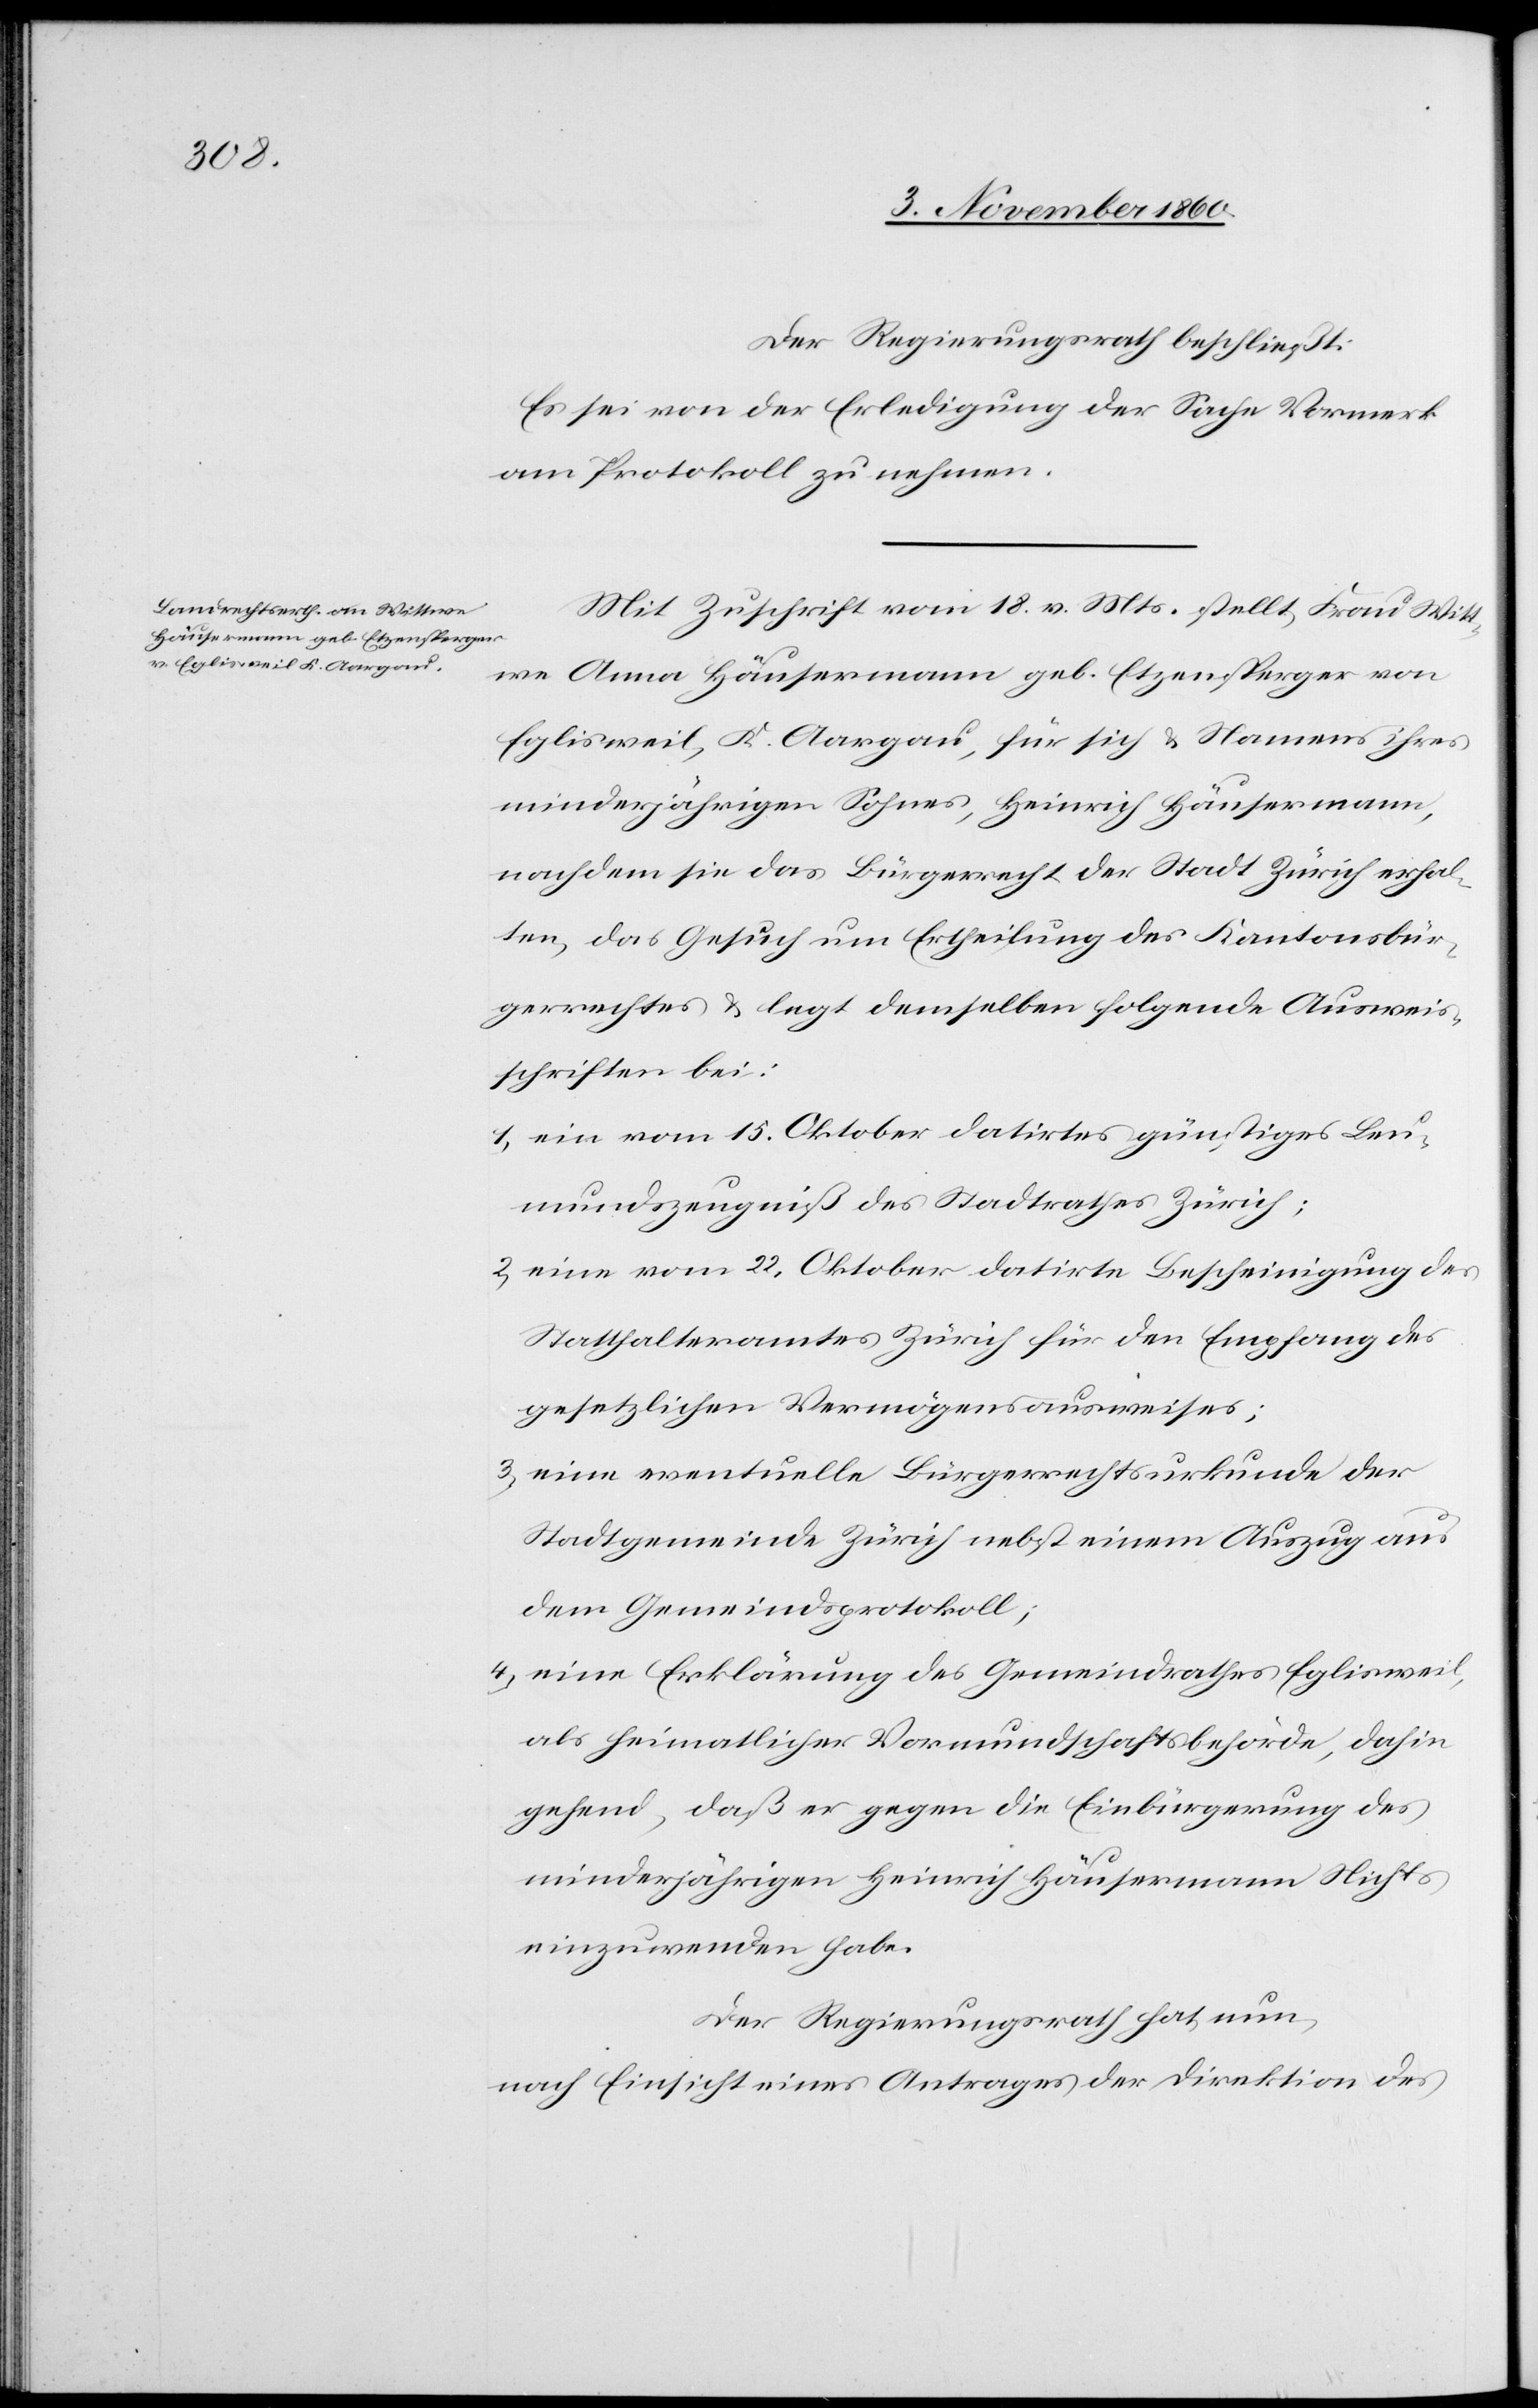
Der Regierungsrath beschließt:
Es sei von der Erledigung der Sache Vormerk
am Protokoll zu nehmen.
Mit Zuschrift vom 18. v. Mts. stellt Frau Witt¬
we Anna Häusermann geb. Etzensperger von
Eglisweil, K. Aargau, für sich u. Namens ihres
minderjährigen Sohnes, Heinrich Häusermann,
nachdem sie das Bürgerrecht der Stadt Zürich erhal¬
ten, das Gesuch um Ertheilung des Kantonsbür¬
gerrechtes u. legt demselben folgende Ausweis¬
schriften bei:
1) ein vom 15. Oktober datirtes günstiges Leu¬
mundszeugniß des Stadtrathes Zürich;
2) eine vom 22. Oktober datirte Bescheinigung des
Statthalteramtes Zürich für den Empfang des
gesetzlichen Vermögensausweises;
3) eine eventuelle Bürgerrechtsurkunde der
Stadtgemeinde Zürich nebst einem Auszug aus
dem Gemeindsprotokoll;
4) eine Erklärung des Gemeindrathes Eglisweil,
als heimatlicher Vormundschaftsbehörde, dahin
gehend, daß er gegen die Einbürgerung des
minderjährigen Heinrich Häusermann Nichts
einzuwenden habe.
Der Regierungsrath hat nun,
nach Einsicht eines Antrages der Direktion des